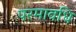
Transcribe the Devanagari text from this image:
परमावधि